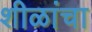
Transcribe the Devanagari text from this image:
शीळांचा